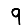
Digit: 9